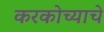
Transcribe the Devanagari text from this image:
करकोच्याचे